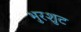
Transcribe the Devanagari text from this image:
भुरशुट